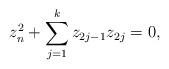
LaTeX: \begin{align*}z_n^2 + \sum_{j=1}^k z_{2j-1}z_{2j}=0,\end{align*}